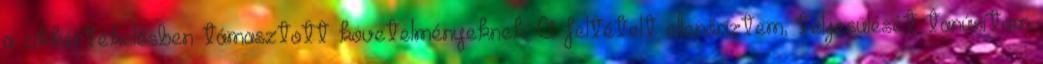
a cikkértékelésben támasztott követelményeknek. A feltételt ellenőriztem, teljesülését tanúsítom